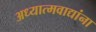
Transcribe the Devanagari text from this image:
अध्यात्मवाद्यांना